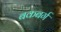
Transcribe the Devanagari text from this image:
बकबर्ग